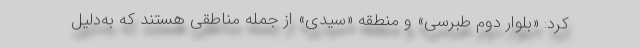
کرد: «بلوار دوم طبرسی» و منطقه «سیدی» از جمله مناطقی هستند که به‌دلیل